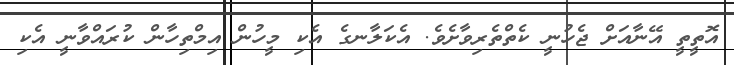
އޮތީތީ އޭނާއަށް ޖެހުނީ ކެތްތެރިވާށެވެ. އެކަލާނގެ އެކި މީހުން އިމްތިހާން ކުރައްވާނީ އެކި